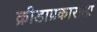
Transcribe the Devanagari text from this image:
क्रीडाप्रकाराला